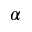
\alpha